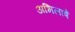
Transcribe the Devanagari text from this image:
अभिलाषें